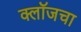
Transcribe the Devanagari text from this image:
क्लॉजचा